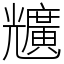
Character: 兤